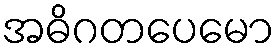
အဓိဂတပေမော